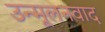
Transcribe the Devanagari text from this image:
उन्मूलनवाद